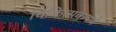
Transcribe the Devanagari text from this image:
चिकित्सकपणे